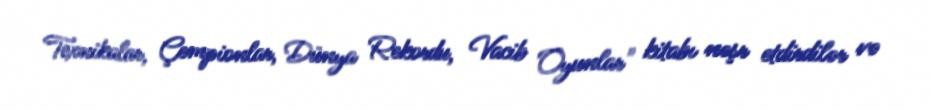
Texnikalar, Çempionlar, Dünya Rekordu, Vacib Oyunlar" kitabı nəşr etdirdilər və